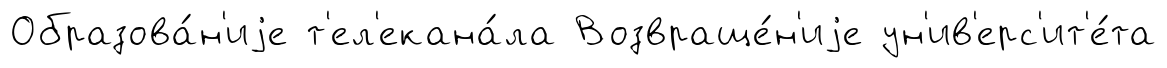
Образова́н'иjе т'ел'екана́ла Возвраще́н'иjе ун'ив'ерс'ит'е́та